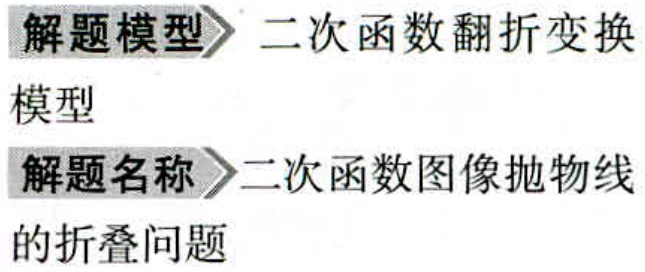
解题模型\(>\)二次函数翻折变换
模型
解题名称\(>\)二次函数图像抛物线
的折叠问题